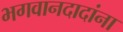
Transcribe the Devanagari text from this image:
भगवानदादांना